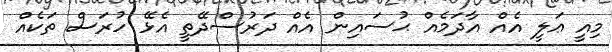
މިއީ ޢަލީ އެއް އާދަމެއް ޙުސައިން އެއް ދަރުސްދޭތީ އެޅޭ ހުރަސް ތަކެއް